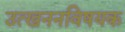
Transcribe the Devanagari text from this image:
उत्खननविषयक